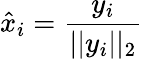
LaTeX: \hat{x}_{i}=\frac{y_{i}}{\vert\vert y_{i}\vert\vert_{2}}